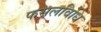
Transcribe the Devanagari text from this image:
फसलविधि